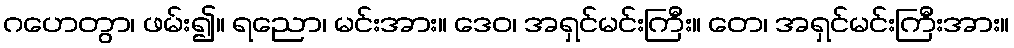
ဂဟေတွာ၊ ဖမ်း၍။ ရညော၊ မင်းအား။ ဒေဝ၊ အရှင်မင်းကြီး။ တေ၊ အရှင်မင်းကြီးအား။